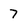
Character: 7